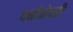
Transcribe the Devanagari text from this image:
धर्मचोपडी